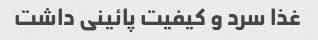
غذا سرد و کیفیت پائینی داشت